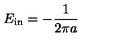
E _ { \mathrm { i n } } = - \frac { 1 } { 2 \pi a }